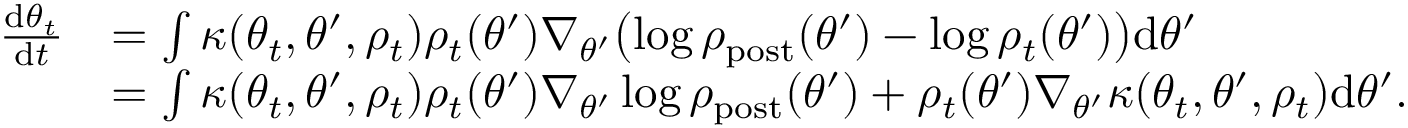
\begin{array} { r l } { \frac { \mathrm { d } \theta _ { t } } { \mathrm { d } t } } & { = \int \kappa ( \theta _ { t } , \theta ^ { \prime } , \rho _ { t } ) \rho _ { t } ( \theta ^ { \prime } ) \nabla _ { \theta ^ { \prime } } \bigl ( \log \rho _ { \mathrm { p o s t } } ( \theta ^ { \prime } ) - \log \rho _ { t } ( \theta ^ { \prime } ) \bigr ) \mathrm { d } \theta ^ { \prime } } \\ & { = \int \kappa ( \theta _ { t } , \theta ^ { \prime } , \rho _ { t } ) \rho _ { t } ( \theta ^ { \prime } ) \nabla _ { \theta ^ { \prime } } \log \rho _ { \mathrm { p o s t } } ( \theta ^ { \prime } ) + \rho _ { t } ( \theta ^ { \prime } ) \nabla _ { \theta ^ { \prime } } \kappa ( \theta _ { t } , \theta ^ { \prime } , \rho _ { t } ) \mathrm { d } \theta ^ { \prime } . } \end{array}